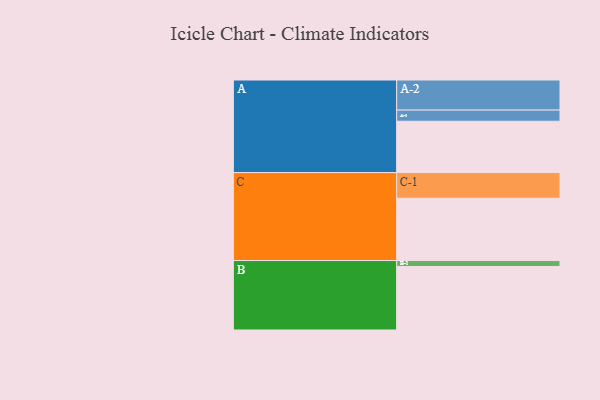
{"axis": {"x": "Segment", "y": "Value"}, "legend": ["", "A", "B", "C"], "data": [{"x": "A", "y": 433, "type": ""}, {"x": "B", "y": 536, "type": ""}, {"x": "C", "y": 525, "type": ""}, {"x": "A-1", "y": 94, "type": "A"}, {"x": "A-2", "y": 254, "type": "A"}, {"x": "B-1", "y": 50, "type": "B"}, {"x": "C-1", "y": 217, "type": "C"}]}